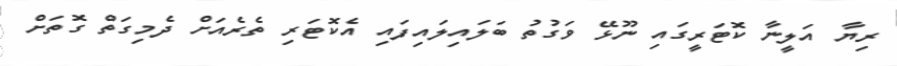
ރިޔާ އަލީނާ ކޮޓަރީގައި ނޫޅޭ ވަގުތު ބަލައިލައިފައި އެކޮޓަރި ތެރެއަށް ދެމިގަތް ގޮތަށް